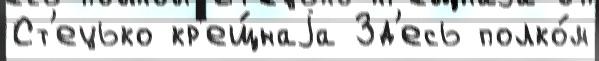
Ст'ецько кр'ещ́наjа Зд'есь полко́м